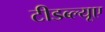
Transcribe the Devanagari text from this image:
टीडब्ल्यूए